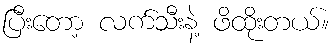
ပြီးတော့ လက်သီးနဲ့ ဖိထိုးတယ်။